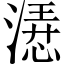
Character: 𣼰